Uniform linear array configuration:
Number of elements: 12
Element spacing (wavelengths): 0.5
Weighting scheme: binomial
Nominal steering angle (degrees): -30
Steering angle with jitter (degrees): -31.942
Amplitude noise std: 0.05
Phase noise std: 0.05

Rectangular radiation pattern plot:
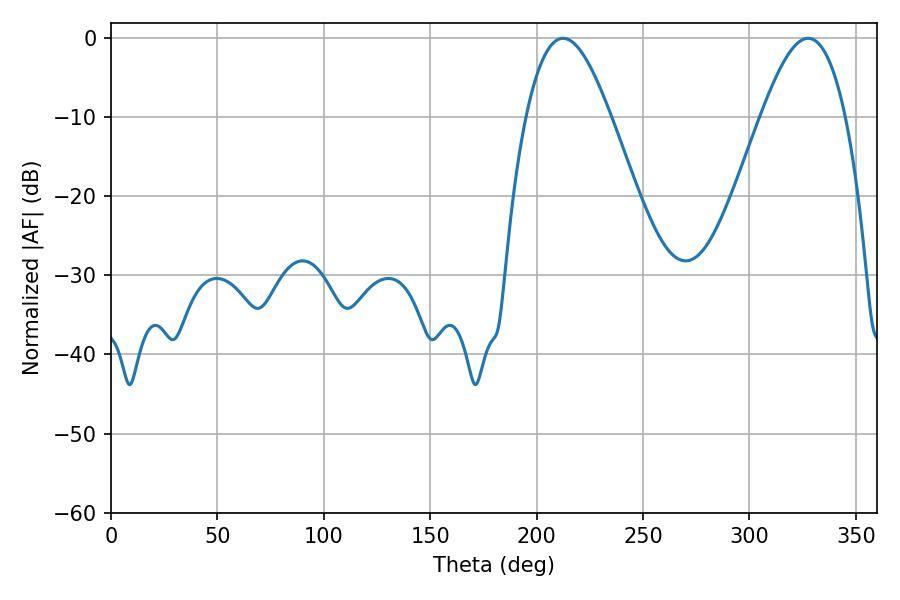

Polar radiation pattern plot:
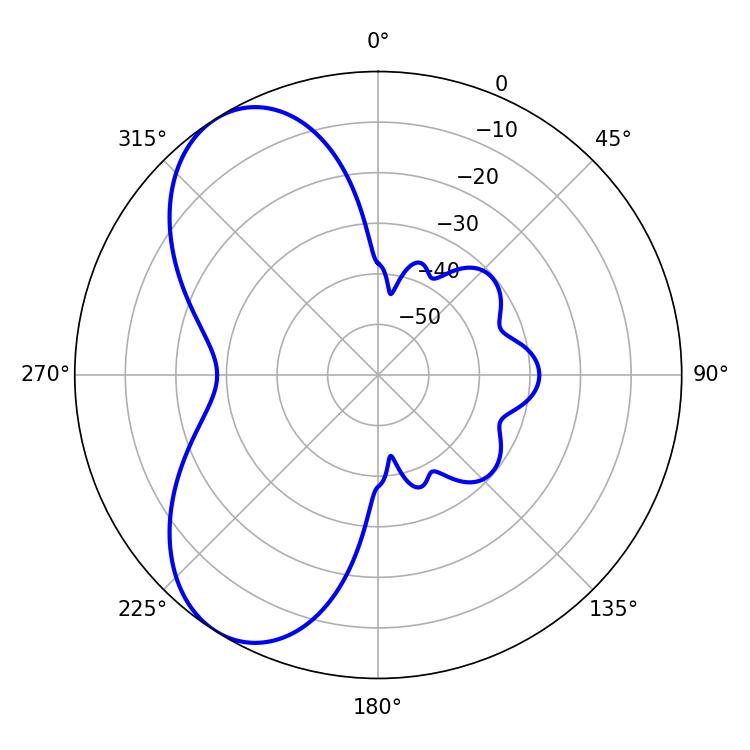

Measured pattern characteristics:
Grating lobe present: FALSE
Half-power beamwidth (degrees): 21.42
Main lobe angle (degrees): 212.4